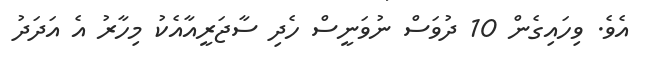
އެވެ. ވިހައިގެން 10 ދުވަސް ނުވަނީސްް ހެދި ސާޖަރީއާއެކު މިހާރު އެ އަދަދު